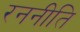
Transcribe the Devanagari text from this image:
रननीति